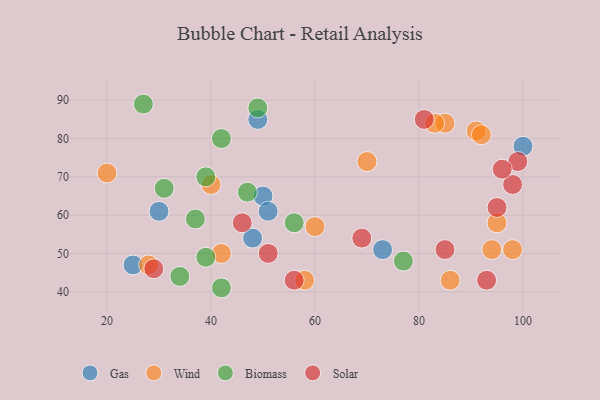
{"axis": {"x": "GDP", "y": "Life Expectancy"}, "legend": ["Biomass", "Gas", "Solar", "Wind"], "data": [{"x": "49", "y": 85, "type": "Gas"}, {"x": "50", "y": 65, "type": "Gas"}, {"x": "73", "y": 51, "type": "Gas"}, {"x": "30", "y": 61, "type": "Gas"}, {"x": "100", "y": 78, "type": "Gas"}, {"x": "25", "y": 47, "type": "Gas"}, {"x": "51", "y": 61, "type": "Gas"}, {"x": "48", "y": 54, "type": "Gas"}, {"x": "94", "y": 51, "type": "Wind"}, {"x": "42", "y": 50, "type": "Wind"}, {"x": "58", "y": 43, "type": "Wind"}, {"x": "91", "y": 82, "type": "Wind"}, {"x": "92", "y": 81, "type": "Wind"}, {"x": "85", "y": 84, "type": "Wind"}, {"x": "70", "y": 74, "type": "Wind"}, {"x": "86", "y": 43, "type": "Wind"}, {"x": "40", "y": 68, "type": "Wind"}, {"x": "98", "y": 51, "type": "Wind"}, {"x": "60", "y": 57, "type": "Wind"}, {"x": "28", "y": 47, "type": "Wind"}, {"x": "20", "y": 71, "type": "Wind"}, {"x": "95", "y": 58, "type": "Wind"}, {"x": "83", "y": 84, "type": "Wind"}, {"x": "47", "y": 66, "type": "Biomass"}, {"x": "34", "y": 44, "type": "Biomass"}, {"x": "37", "y": 59, "type": "Biomass"}, {"x": "42", "y": 80, "type": "Biomass"}, {"x": "39", "y": 49, "type": "Biomass"}, {"x": "27", "y": 89, "type": "Biomass"}, {"x": "49", "y": 88, "type": "Biomass"}, {"x": "31", "y": 67, "type": "Biomass"}, {"x": "39", "y": 70, "type": "Biomass"}, {"x": "56", "y": 58, "type": "Biomass"}, {"x": "42", "y": 41, "type": "Biomass"}, {"x": "77", "y": 48, "type": "Biomass"}, {"x": "46", "y": 58, "type": "Solar"}, {"x": "56", "y": 43, "type": "Solar"}, {"x": "69", "y": 54, "type": "Solar"}, {"x": "29", "y": 46, "type": "Solar"}, {"x": "85", "y": 51, "type": "Solar"}, {"x": "98", "y": 68, "type": "Solar"}, {"x": "81", "y": 85, "type": "Solar"}, {"x": "99", "y": 74, "type": "Solar"}, {"x": "51", "y": 50, "type": "Solar"}, {"x": "95", "y": 62, "type": "Solar"}, {"x": "93", "y": 43, "type": "Solar"}, {"x": "96", "y": 72, "type": "Solar"}]}